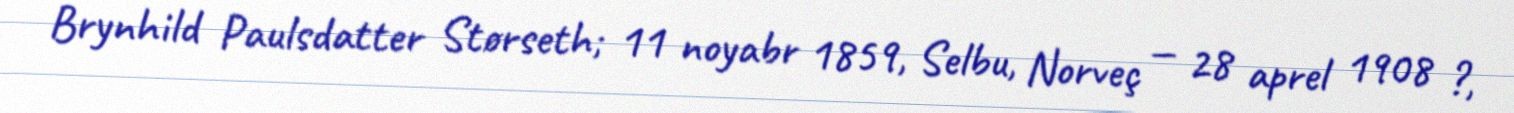
Brynhild Paulsdatter Størseth; 11 noyabr 1859, Selbu, Norveç — 28 aprel 1908 ?,